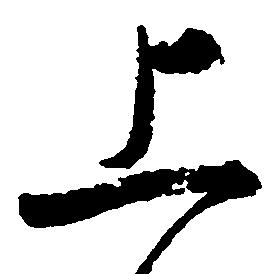
上